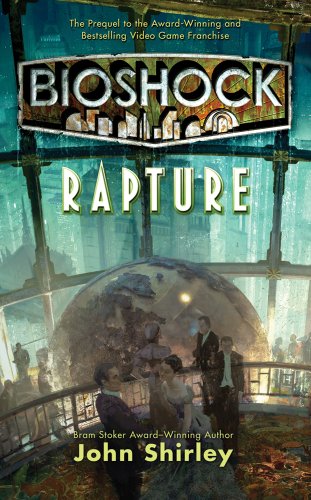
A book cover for BioShock: Rapture; John Shirley; Science Fiction & Fantasy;